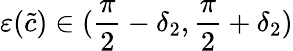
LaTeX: \varepsilon(\tilde{c})\in(\frac{\pi}{2}-\delta_{2},\frac{\pi}{2}+\delta_{2})